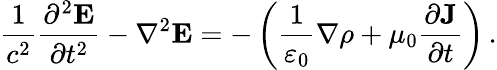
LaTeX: {\frac{1}{c^{2}}}{\frac{\partial^{2}\mathbf{E}}{\partial t^{2}}}-\nabla^{2}\mathbf{E}=-\left({\frac{1}{\varepsilon_{0}}}\nabla\rho+\mu_{0}{\frac{\partial\mathbf{J}}{\partial t}}\right)\, .